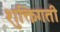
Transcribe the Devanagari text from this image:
शुक्तिगती